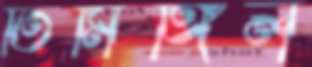
তিমিঙ্গিল